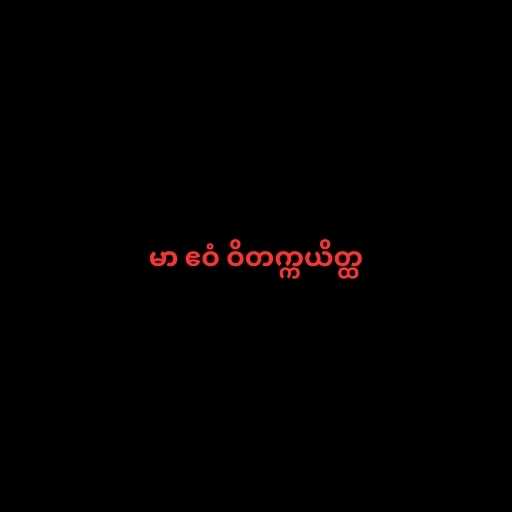
မာ ဧဝံ ဝိတက္ကယိတ္ထ